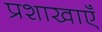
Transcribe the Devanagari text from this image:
प्रशाखाऍं